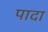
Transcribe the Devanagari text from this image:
पादा